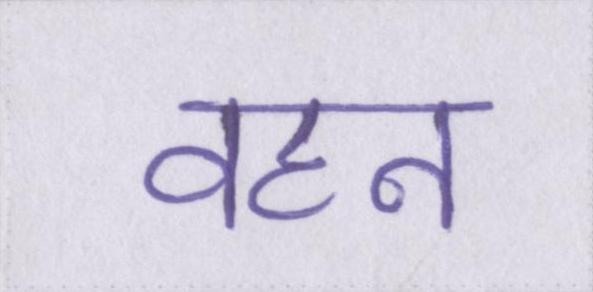
वहन